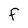
Character: F